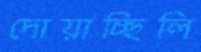
দোয়াচ্ছিলি